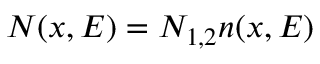
N ( x , E ) = N _ { 1 , 2 } n ( x , E )